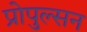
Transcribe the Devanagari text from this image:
प्रोपुल्सन